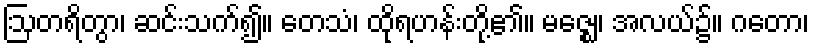
ဩတရိတွာ၊ ဆင်းသက်၍။ တေသံ၊ ထိုရဟန်းတို့၏။ မဇ္ဈေ၊ အလယ်၌။ ဂတော၊